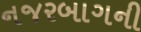
નજરબાગની